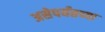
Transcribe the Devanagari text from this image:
असेपर्यंतच्या